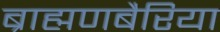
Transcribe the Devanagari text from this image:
ब्राह्मणबैरिया